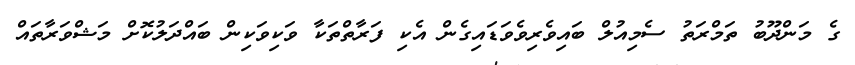
ގެ މަންދޫބު ތަމްރަތު ސެމިއުލް ބައިވެރިވެވަޑައިގެން އެކި ފަރާތްތަކާ ވަކިވަކިން ބައްދަލުކޮށް މަޝްވަރާތައް